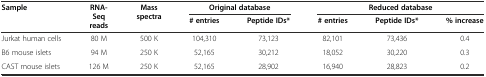
<table><thead><tr><td rowspan="2"><b>Sample</b></td><td rowspan="2"><b>RNA-Seq reads</b></td><td rowspan="2"><b>Mass spectra</b></td><td colspan="2"><b>Original database</b></td><td colspan="3"><b>Reduced database</b></td></tr><tr><td><b># entries</b></td><td><b>Peptide IDs*</b></td><td><b># entries</b></td><td><b>Peptide IDs*</b></td><td><b>% increase</b></td></tr></thead><tbody><tr><td>Jurkat human cells</td><td>80 M</td><td>500 K</td><td>104,310</td><td>73,123</td><td>82,101</td><td>73,436</td><td>0.4</td></tr><tr><td>B6 mouse islets</td><td>94 M</td><td>250 K</td><td>52,165</td><td>30,212</td><td>18,052</td><td>30,220</td><td>0.3</td></tr><tr><td>CAST mouse islets</td><td>126 M</td><td>250 K</td><td>52,165</td><td>28,902</td><td>16,940</td><td>28,823</td><td>0.2</td></tr></tbody></table>